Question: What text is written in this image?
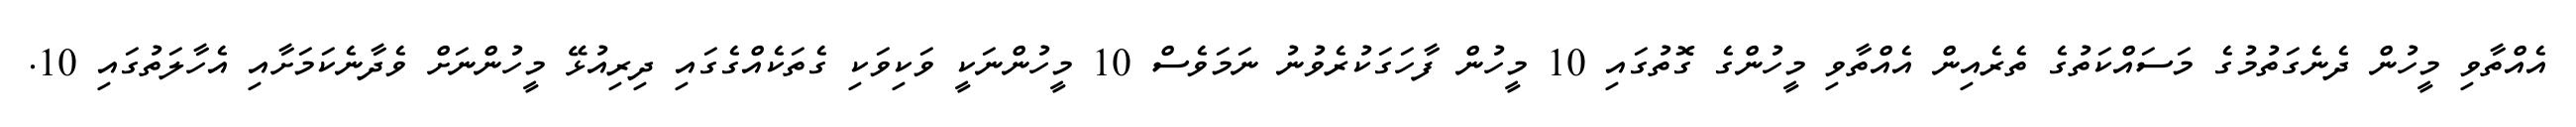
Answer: އެއްތާވި މީހުން ދެނެގަތުމުގެ މަސައްކަތުގެ ތެރެއިން އެއްތާވި މީހުންގެ ގޮތުގައި 10 މީހުން ފާހަގަކުރެވުނު ނަމަވެސް 10 މީހުންނަކީ ވަކިވަކި ގެތަކެއްގެގައި ދިރިއުޅޭ މީހުންނަށް ވެދާނެކަމަށާއި އެހާލަތުގައި 10.